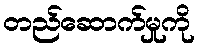
တည်ဆောက်မှုကို